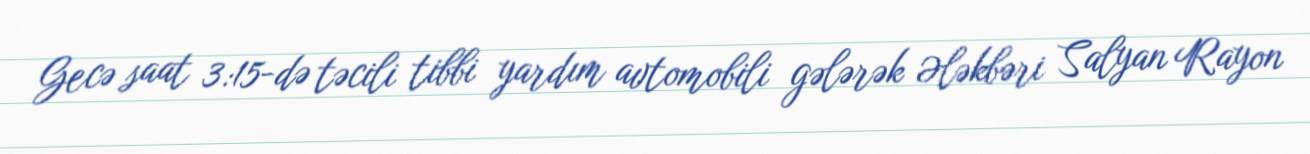
Gecə saat 3:15-də təcili tibbi yardım avtomobili gələrək Ələkbəri Salyan Rayon